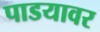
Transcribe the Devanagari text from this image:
पाडयावर